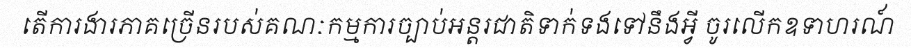
តើការងារភាគច្រើនរបស់គណៈកម្មការច្បាប់អន្តរជាតិទាក់ទងទៅនឹងអ្វី ចូរលើកឧទាហរណ៍